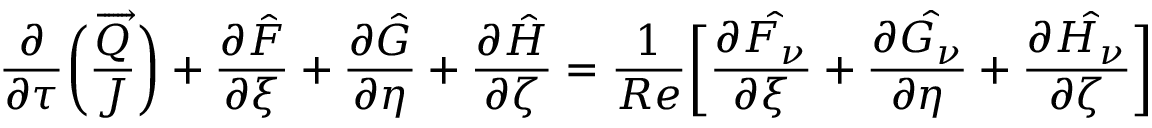
\frac { \partial } { \partial \tau } \bigg ( \frac { \overrightarrow { Q } } { J } \bigg ) + \frac { \partial \hat { F } } { \partial \xi } + \frac { \partial \hat { G } } { \partial \eta } + \frac { \partial \hat { H } } { \partial \zeta } = \frac { 1 } { R e } \bigg [ \frac { \partial \hat { F _ { \nu } } } { \partial \xi } + \frac { \partial \hat { G _ { \nu } } } { \partial \eta } + \frac { \partial \hat { H _ { \nu } } } { \partial \zeta } \bigg ]